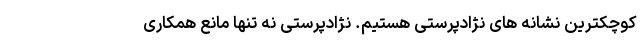
کوچکترین نشانه های نژادپرستی هستیم. نژادپرستی نه تنها مانع همکاری